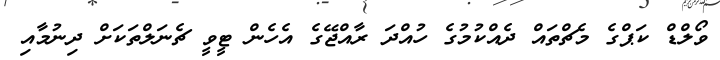
ވޯލްޑް ކަޕްގެ މެޗްތައް ދެއްކުމުގެ ހުއްދަ ރާއްޖޭގެ އެހެން ޓީވީ ޗެނަލްތަކަށް ދިނުމާއި